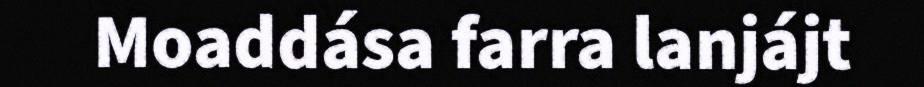
Moaddása farra lanjájt